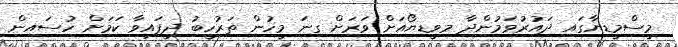
މީސްމީޑިޔާގައި ދައުރުވަމުންދާ މިވީޑިޔޯއަށް ވަރަށް ގިނަ މީހުން ތަރުހީބު ދީފައިވާ ކަމަށް ހުސައިން